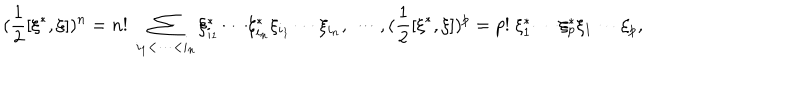
( \frac 1 2 [ \xi ^ { * } , \xi ] ) ^ { n } = n ! \; \sum _ { i _ { 1 } < \cdots < i _ { n } } \xi _ { i _ { 1 } } ^ { * } \cdots \xi _ { i _ { n } } ^ { * } \xi _ { i _ { 1 } } \cdots \xi _ { i _ { n } } , \; \cdots , ( \frac 1 2 [ \xi ^ { * } , \xi ] ) ^ { p } = p ! \; \xi _ { 1 } ^ { * } \cdots \xi _ { p } ^ { * } \xi _ { 1 } \cdots \xi _ { p } ,